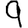
Digit: 9